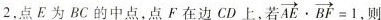
2$$，点E为BC的中点，点F在边CD上，若 $$\overrightarrow { A E } \cdot \overrightarrow { B F } = 1$$ 则